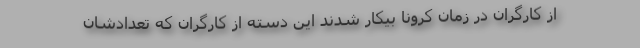
از کارگران در زمان کرونا بیکار شدند این دسته از کارگران که تعدادشان